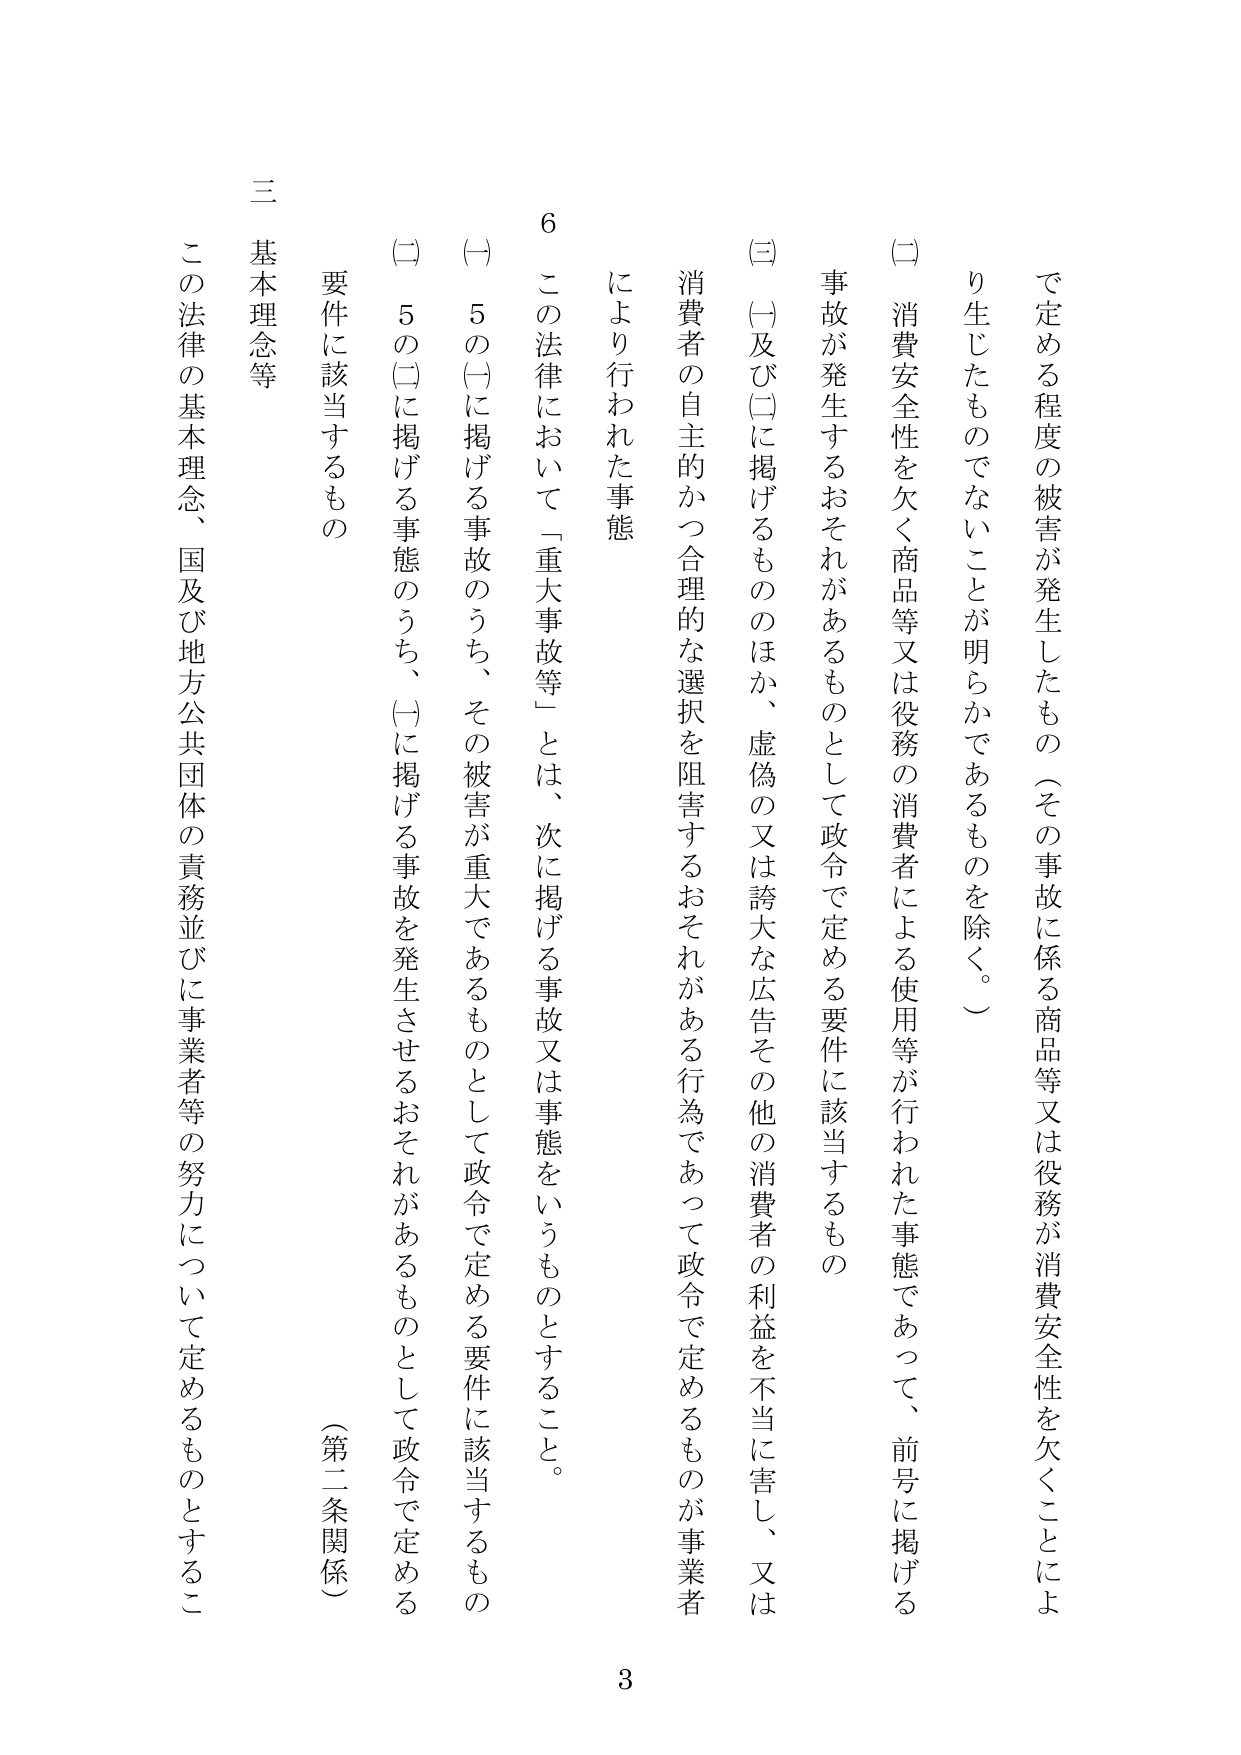
で定める程度の被害が発生したもの（その事故に係る商品等又は役務が消費安全性を欠くことにより生じたものでないことが明らかであるものを除く。）

（二）消費安全性を欠く商品等又は役務の消費者による使用等が行われた事態であって、前号に掲げる事故が発生するおそれがあるものとして政令で定める要件に該当するもの

（三）（一）及び（二）に掲げるもののほか、虚偽の又は誇大な広告その他の消費者の利益を不当に害し、又は消費者の自主的かつ合理的な選択を阻害するおそれがある行為であって政令で定めるものが事業者により行われた事態

6 この法律において「重大事故等」とは、次に掲げる事故又は事態をいうものとすること。

（一）5の（一）に掲げる事故のうち、その被害が重大であるものとして政令で定める要件に該当するもの

（二）5の（二）に掲げる事態のうち、（一）に掲げる事故を発生させるおそれがあるものとして政令で定める要件に該当するもの

（第二条関係）

三 基本理念等

この法律の基本理念、国及び地方公共団体の責務並びに事業者等の努力について定めるものとするこ

3